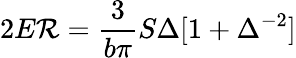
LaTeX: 2E\mathcal{R}=\frac{{3}}{{b\pi}}S\Delta[1+\Delta^{-2}]